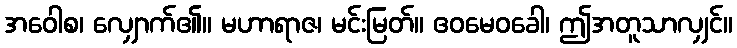
အဝေါစ၊ လျှောက်၏။ မဟာရာဇ၊ မင်းမြတ်။ ဧဝမေဝခေါ၊ ဤအတူသာလျှင်။